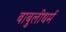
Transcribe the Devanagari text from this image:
बाबुलीधर्म